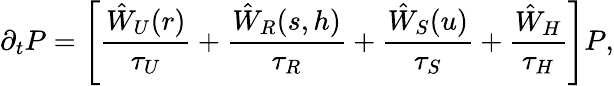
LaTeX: \partial_{t}P=\left[\frac{\hat{W}_{U}(r)}{\tau_{U}}+\frac{\hat{W}_{R}(s,h)}{\tau_{R}}+\frac{\hat{W}_{S}(u)}{\tau_{S}}+\frac{\hat{W}_{H}}{\tau_{H}}\right]P,